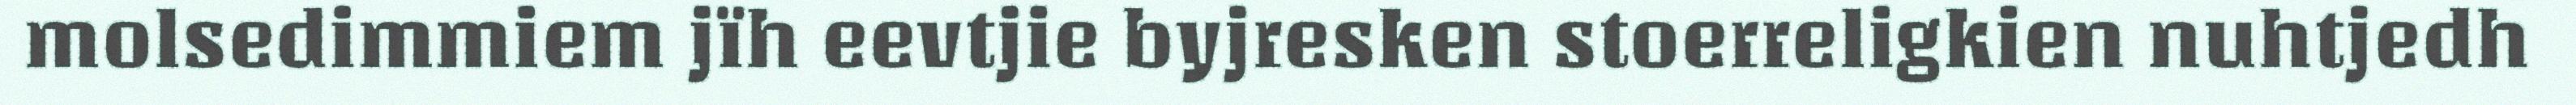
molsedimmiem jïh eevtjie byjresken stoerreligkien nuhtjedh